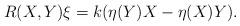
LaTeX: \begin{align*}R(X,Y)\xi=k(\eta(Y)X-\eta(X)Y).\end{align*}